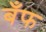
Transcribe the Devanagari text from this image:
बँफ